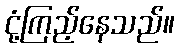
ငုံ့ကြည့်နေသည်။